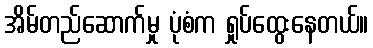
အိမ်တည်ဆောက်မှု ပုံစံက ရှုပ်ထွေးနေတယ်။